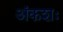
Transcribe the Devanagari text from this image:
अंकशः